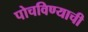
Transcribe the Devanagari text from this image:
पोचविण्याची